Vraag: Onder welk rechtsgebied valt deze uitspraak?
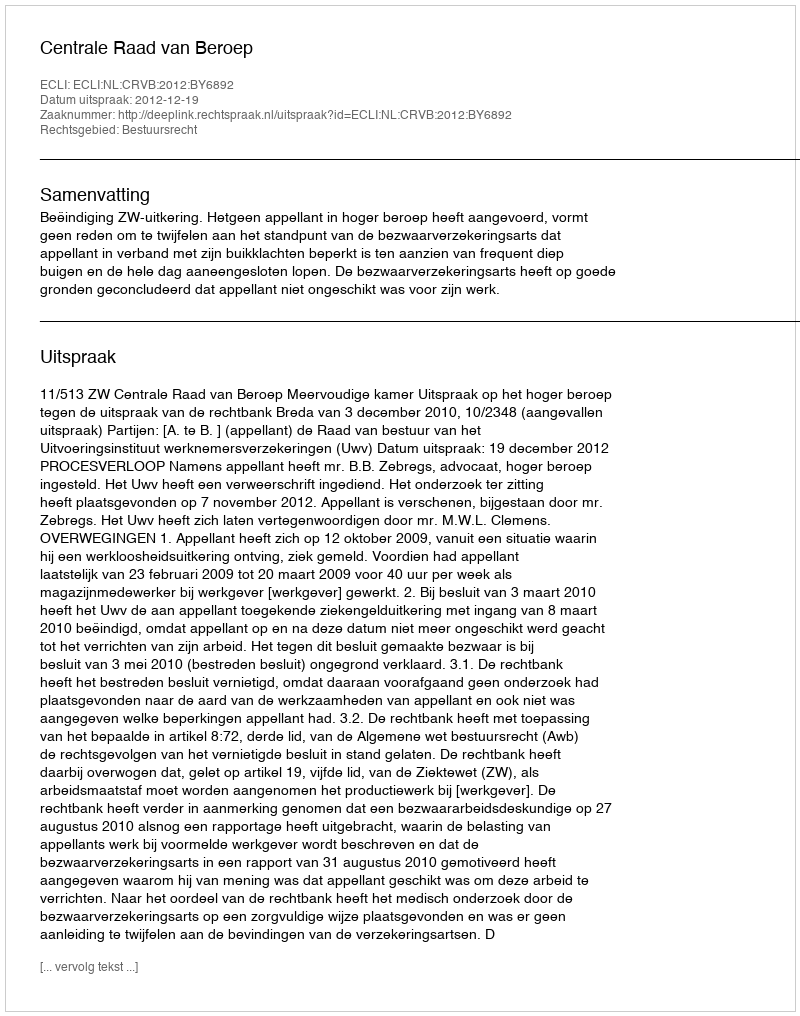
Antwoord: Bestuursrecht